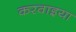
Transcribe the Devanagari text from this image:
करवाइया